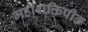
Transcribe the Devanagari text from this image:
महाशक्तिपीठ